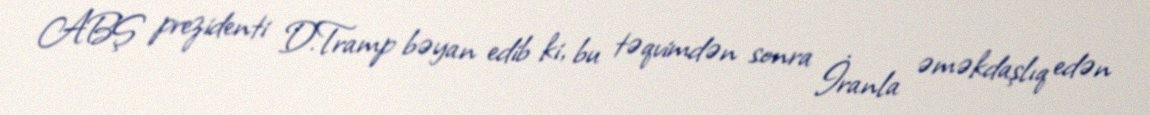
ABŞ prezidenti D.Tramp bəyan edib ki, bu təqvimdən sonra İranla əməkdaşlıq edən